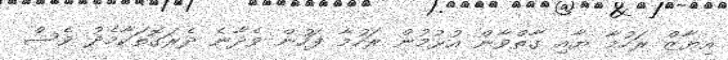
އިޔާޒް ރަހުމާ ޔާއި ގާތްވާން އުޅުމުން ރަހުމާ ފަހުން ވެދާނެ ދެރަގޮތަކާމެދު ވެސް